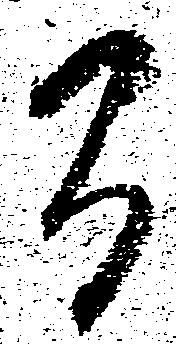
間